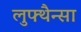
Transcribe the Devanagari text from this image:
लुफ्थैन्सा